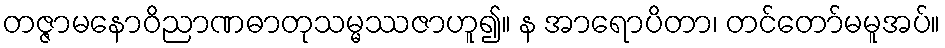
တဇ္ဇာမနောဝိညာဏဓာတုသမ္မဿဇာဟူ၍။ န အာရောပိတာ၊ တင်တော်မမူအပ်။